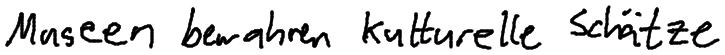
Museen bewahren kulturelle Schätze.